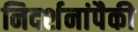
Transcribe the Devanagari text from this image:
निदर्शनांपैकी